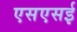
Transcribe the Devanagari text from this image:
एसएसई